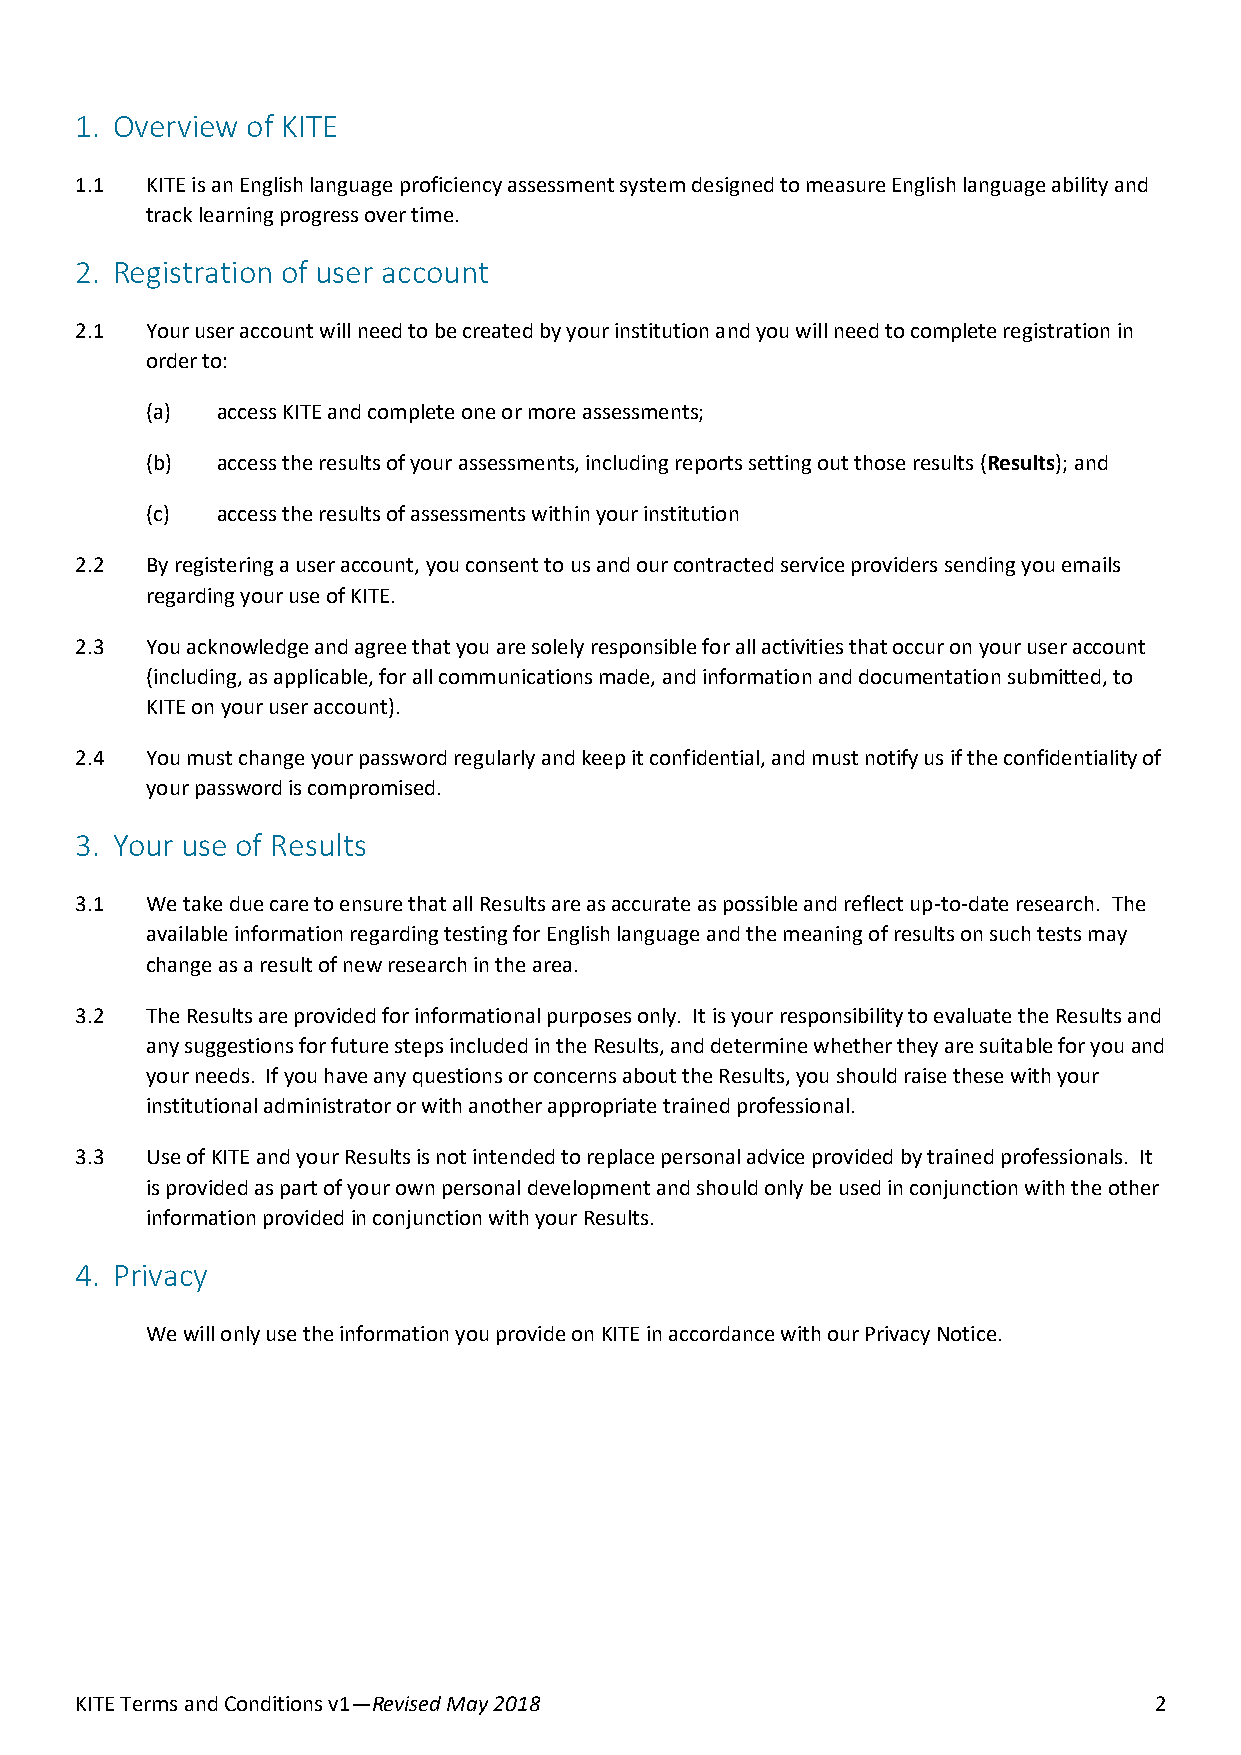
1. Overview of KITE
 1.1  KITE is an English language proficiency assessment system designed to measure English language ability and
 track learning progress over time.
 2. Registration of user account
 2.1  Your user account will need to be created by your institution and you will need to complete registration in
 order to:
 (a) access KITE and complete one or more assessments;
 (b) access the results of your assessments, including reports setting out those results (Results); and
 (c) access the results of assessments within your institution
 2.2  By registering a user account, you consent to us and our contracted service providers sending you emails
 regarding your use of KITE.
 2.3  You acknowledge and agree that you are solely responsible for all activities that occur on your user account
 (including, as applicable, for all communications made, and information and documentation submitted, to
 KITE on your user account).
 2.4  You must change your password regularly and keep it confidential, and must notify us if the confidentiality of
 your password is compromised.
 3. Your use of Results
 3.1  We take due care to ensure that all Results are as accurate as possible and reflect up-to-date research. The
 available information regarding testing for English language and the meaning of results on such tests may
 change as a result of new research in the area.
 3.2  The Results are provided for informational purposes only. It is your responsibility to evaluate the Results and
 any suggestions for future steps included in the Results, and determine whether they are suitable for you and
 your needs. If you have any questions or concerns about the Results, you should raise these with your
 institutional administrator or with another appropriate trained professional.
 3.3  Use of KITE and your Results is not intended to replace personal advice provided by trained professionals. It
 is provided as part of your own personal development and should only be used in conjunction with the other
 information provided in conjunction with your Results.
 4. Privacy
 We will only use the information you provide on KITE in accordance with our Privacy Notice.
 KITE Terms and Conditions v1—Revised May 2018                          2